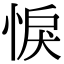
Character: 悷